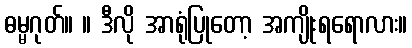
ဓမ္မဂုတ်။ ။ ဒီလို အာရုံပြုတော့ အကျိုးရရောလား။